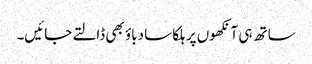
ساتھ ہی آنکھوں پر ہلکا سا دباؤ بھی ڈالتے جائیں۔